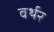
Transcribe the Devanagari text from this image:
वर्थर